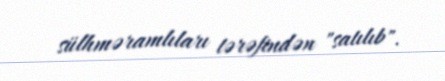
sülhməramlıları tərəfindən "satılıb".